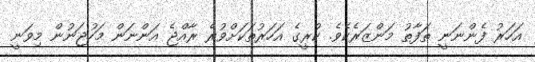
އަހަރު ފެންނަނީ ތަފާތު މަންޒަރެކެވެ. ކުރީގެ އަހަރުތަކަށްވުރެ ރާއްޖެ އަންނަން މަހުޖަނުން މިވަނީ